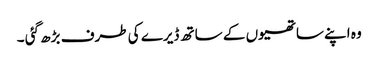
وہ اپنے ساتھیوں کے ساتھ ڈیرے کی طرف بڑھ گئی ۔